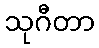
သုဂီတာ